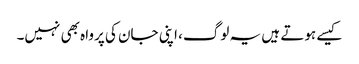
کیسے ہوتے ہیں یہ لوگ، اپنی جان کی پرواہ بھی نہیں۔